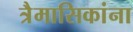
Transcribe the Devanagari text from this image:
त्रैमासिकांना